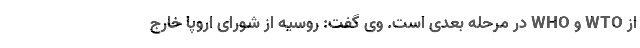
از WTO و WHO در مرحله بعدی است. وی گفت: روسیه از شورای اروپا خارج